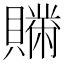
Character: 𧸅